Lunatic asylums Central Provinces reports 1874-1885 - 1874-1885
Year: 1874
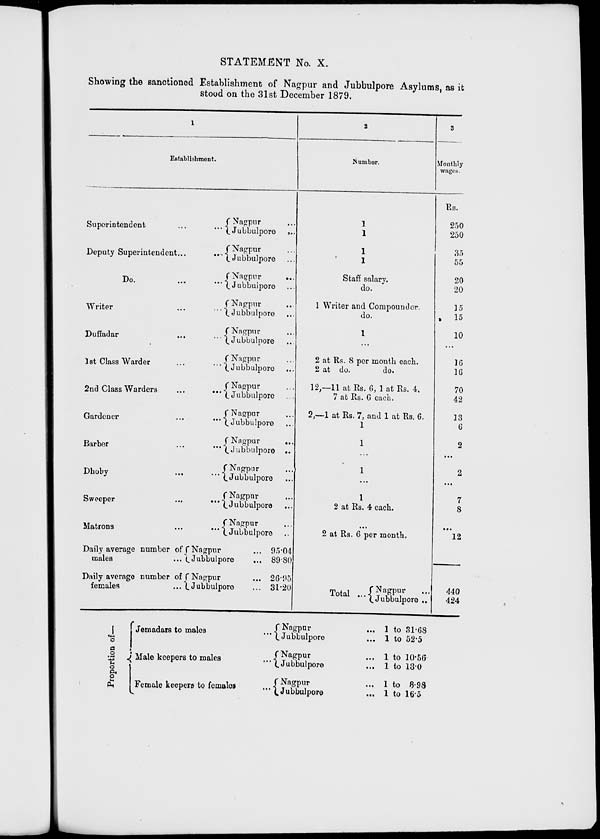
STATEMENT No. X.
Showing the sanctioned Establishment of Nagpur and Jubbulpore Asylums, as it
stood on the 31st December 1879.
1
Establishment.
Superintendent
...
...
Deputy Superintendent
...
...
Do.
...
...
Writer ... ...
Duffadar
...
...
1st Class Warder
...
...
2nd Class Warders
...
...
Gardener
...
...
Barber
...
...
Dhoby
...
...
Sweeper
...
...
Matrons
...
...
Daily average number of
males
...
Daily average number of
females
...
Nagpur ...
Jubbulpore
...
Nagpur ...
Jubbulpore ...
Nagpur
...
Jubbulpore ...
Nagpur ...
Jubbulpore ...
Nagpur ...
Jubbulpore ...
Nagpur ...
Jubbulpore ...
Nagpur ...
Jubbulpore ...
Nagpur ...
Jubbulpore ...
Nagpur
...
Jubbulpor
...
Nagpur
...
Jubbulpor ...
Nagpur
...
Jubbulpor ...
Nagpur
...
Jubbulpor ...
Nagpur ...
Jubbulpore
...
Nagpur ...
Jubbulpore ...
95.04
89.80
26.95
31.20
2
Number.
1
1
1
1
Staff salary.
do.
1 Writer and Compounder
do.
1
...
2 at Rs. 8 per month each.
2 at do.
do.
12,—11 at Rs. 6, 1 at Rs. 4.
7 at Rs. 6 each.
2,—1 at Rs. 7, and 1 at Rs. 6.
1
1
...
1
...
1
2 at Rs. 4 each.
...
2 at Rs. 6 per month.
Total ...
Nagpur ...
Jubbulpore ...
3
Monthly
wages.
Rs.
250
250
35
55
20
20
15
15
10
...
16
16
70
42
13
6
2
... 2
...
7
8
...
12
440
424
Proportion of —
Jemadars to males ...
Male keepers to males ...
Female keepers to females ...
Nagpur
...
Jubbulpore ...
Nagpur ...
Jubbulpore ...
Nagpur ...
Jubbulpore
...
1 to 31.68
1 to 52.5
1 to 10.56
1 to 13.0
1 to 8.98
1 to 16.5